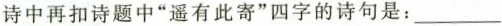
诗中再扣诗题中“遥有此寄”四字的诗句是：___